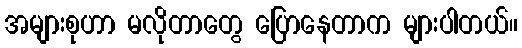
အများစုဟာ မလိုတာတွေ ပြောနေတာက များပါတယ်။